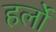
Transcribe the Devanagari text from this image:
हर्लो